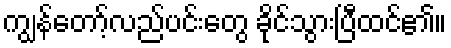
ကျွန်တော့်လည်ပင်းတွေ ခိုင်သွားပြီထင်၏။